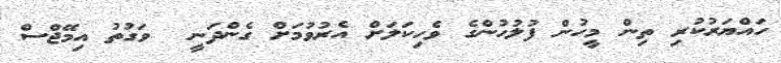
ހައްޔަރުކުރި ތިން މީހުން ފުލުހުންގެ ވެހިކަލަށް އެރުވުމަށް ގެންދަނީ  ވަގުތު އިމޭޖްސް